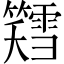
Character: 𫂪